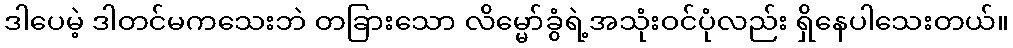
ဒါပေမဲ့ ဒါတင်မကသေးဘဲ တခြားသော လိမ္မော်ခွံရဲ့အသုံးဝင်ပုံလည်း ရှိနေပါသေးတယ်။